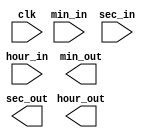
module TimeCounter(
    input clk,
    input hour_in = 0,
    input min_in = 0,
    input sec_in = 0,
    output hour_out,
    output min_out,
    output sec_out
);
// hour/min/sec_in이 들어오면 그 시각에서부터 시간을 계산함


endmodule